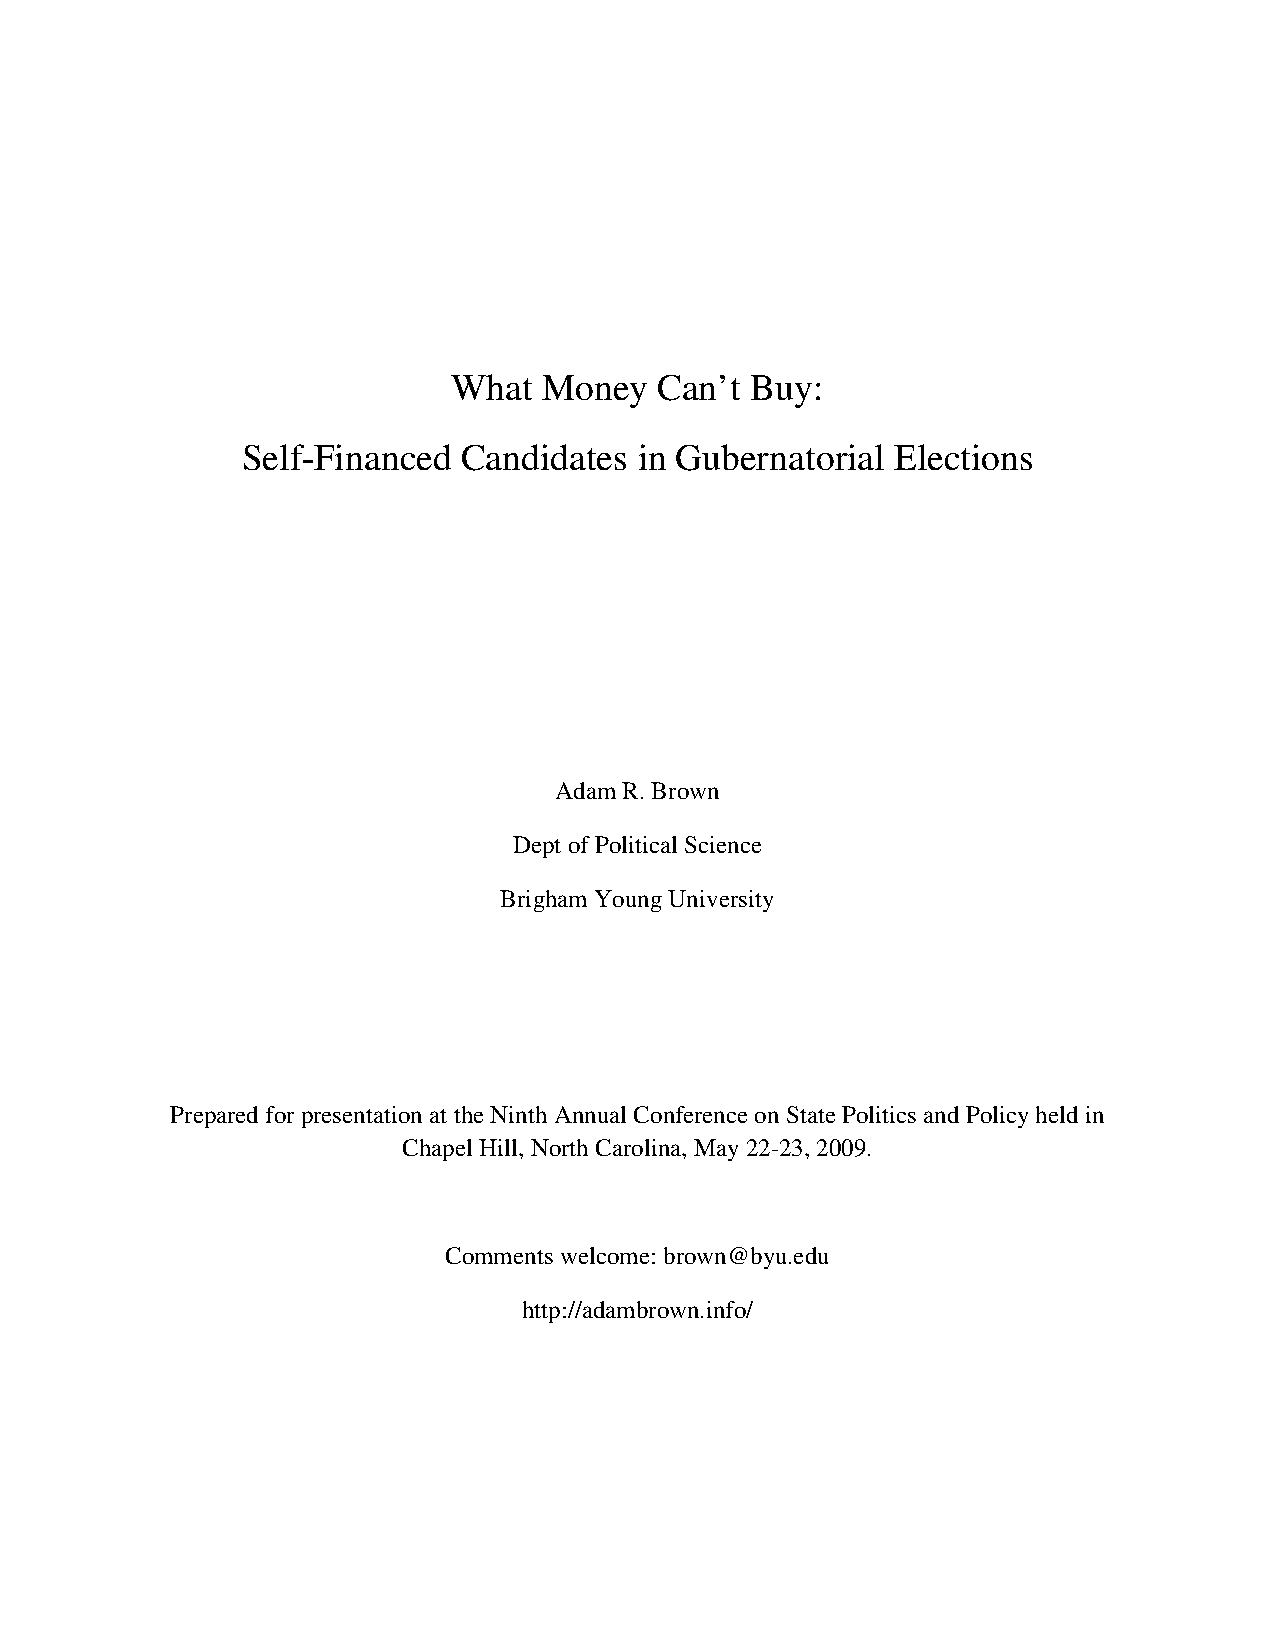
What  Money   Can’t Buy:
 Self-Financed  Candidates in Gubernatorial Elections
 Adam R. Brown
 Dept of Political Science
 Brigham Young University
 Prepared for presentation at the Ninth Annual Conference on State Politics and Policy held in
 Chapel Hill, North Carolina, May 22-23, 2009.
 Comments welcome: brown@byu.edu
 http://adambrown.info/